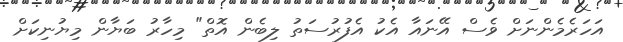
އަހަރެމެންނަށް ވެސް އޭނައާ އެކު އެފުރުސަތު ލިބެން އޮތް" މިހާރު ބަޔާން މިޔުނިކަށް